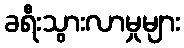
ခရီးသွားလာမှုများ